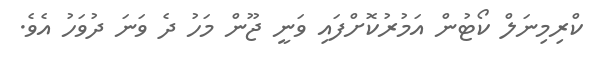
ކްރިމިނަލް ކޯޓުން އަމުރުކޮށްފައި ވަނީ ޖޫން މަހު ދެ ވަނަ ދުވަހު އެވެ.